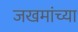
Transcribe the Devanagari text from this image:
जखमांच्या